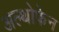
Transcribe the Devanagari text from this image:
अल्थोफेन